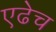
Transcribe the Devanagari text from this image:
एढेच